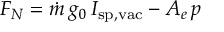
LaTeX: F _ { N } = { \dot { m } } \, g _ { 0 } \, I _ { \mathrm { s p , v a c } } - A _ { e } \, p